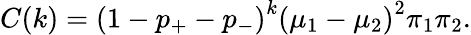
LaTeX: C(k)=\left(1-p_{+}-p_{-}\right)^{k}\left(\mu_{1}-\mu_{2}\right)^{2}\pi_{1}\pi_{2}.